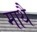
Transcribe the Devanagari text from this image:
माथै